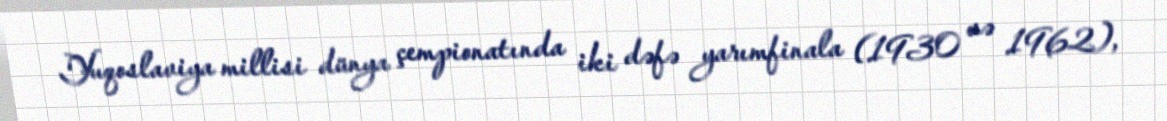
Yuqoslaviya millisi dünya çempionatında iki dəfə yarımfinala (1930 və 1962),